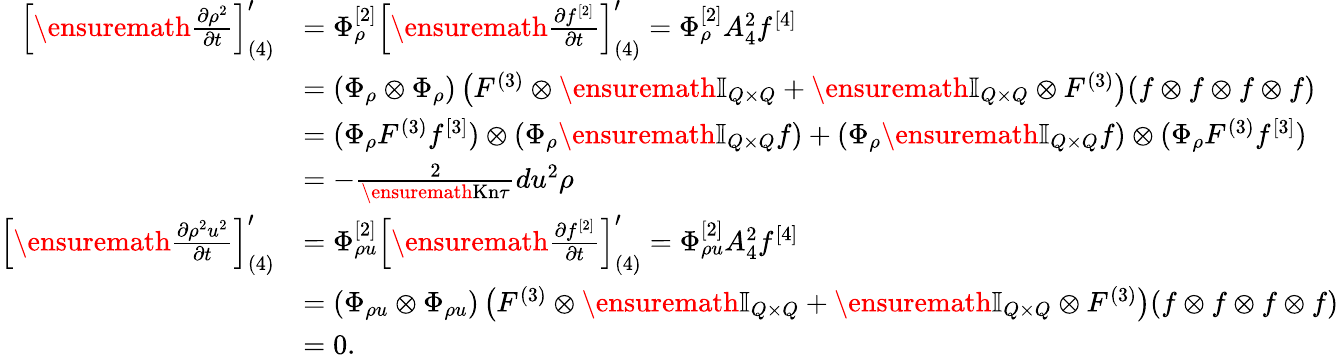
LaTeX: \begin{array}{rl}{\left[\ensuremath{\frac{\partial\rho^{2}}{\partial t}}\right]_{(4)}^{\prime}}&{=\Phi_{\rho}^{[2]}\left[\ensuremath{\frac{\partial f^{[2]}}{\partial t}}\right]_{(4)}^{\prime}=\Phi_{\rho}^{[2]}A_{4}^{2}f^{[4]}}\\ &{=(\Phi_{\rho}\otimes\Phi_{\rho})\left(F^{(3)}\otimes\ensuremath{\mathbb{I}_{Q\times Q}}+\ensuremath{\mathbb{I}_{Q\times Q}}\otimes F^{(3)}\right)(f\otimes f\otimes f\otimes f)}\\ &{=(\Phi_{\rho}F^{(3)}f^{[3]})\otimes(\Phi_{\rho}\ensuremath{\mathbb{I}_{Q\times Q}}f)+(\Phi_{\rho}\ensuremath{\mathbb{I}_{Q\times Q}}f)\otimes(\Phi_{\rho}F^{(3)}f^{[3]})}\\ &{=-\frac{2}{\ensuremath{\mathrm{Kn}}\tau}du^{2}\rho}\\ {\left[\ensuremath{\frac{\partial\rho^{2}u^{2}}{\partial t}}\right]_{(4)}^{\prime}}&{=\Phi_{\rho u}^{[2]}\left[\ensuremath{\frac{\partial f^{[2]}}{\partial t}}\right]_{(4)}^{\prime}=\Phi_{\rho u}^{[2]}A_{4}^{2}f^{[4]}}\\ &{=(\Phi_{\rho u}\otimes\Phi_{\rho u})\left(F^{(3)}\otimes\ensuremath{\mathbb{I}_{Q\times Q}}+\ensuremath{\mathbb{I}_{Q\times Q}}\otimes F^{(3)}\right)(f\otimes f\otimes f\otimes f)}\\ &{=0.}\end{array}